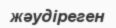
жәудіреген